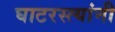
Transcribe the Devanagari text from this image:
घाटरस्त्यांनी